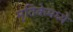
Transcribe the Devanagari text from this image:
मृतिकेमध्ये